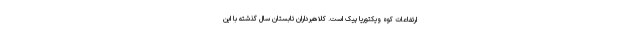
ارتفاعات کوه ویکتوریا پیک است. کلاهبرداران تابستان سال گذشته با این